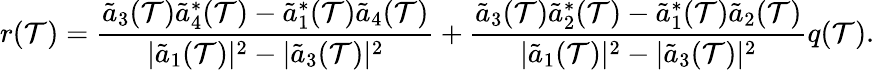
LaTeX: r(\mathcal{T})=\frac{{\tilde{{a}}_{3}(\mathcal{T})\tilde{{a}}_{4}^{*}(\mathcal{T})-\tilde{{a}}_{1}^{*}(\mathcal{T})\tilde{{a}}_{4}(\mathcal{T})}}{{|\tilde{{a}}_{1}(\mathcal{T})|^{2}-|\tilde{{a}}_{3}(\mathcal{T})|^{2}}}+\frac{{\tilde{{a}}_{3}(\mathcal{T})\tilde{{a}}_{2}^{*}(\mathcal{T})-\tilde{{a}}_{1}^{*}(\mathcal{T})\tilde{{a}}_{2}(\mathcal{T})}}{{|\tilde{{a}}_{1}(\mathcal{T})|^{2}-|\tilde{{a}}_{3}(\mathcal{T})|^{2}}}q(\mathcal{T}).